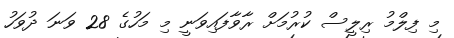
މި ފިލްމު ރިލީސް ކުރުމަށް ރާވާފައިވަނީ މި މަހުގެ 28 ވަނަ ދުވަހު